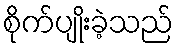
စိုက်ပျိုးခဲ့သည်